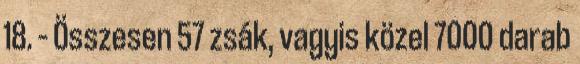
18. – Összesen 57 zsák, vagyis közel 7000 darab